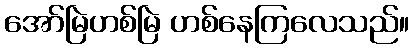
အော်မြဲဟစ်မြဲ ဟစ်နေကြလေသည်။